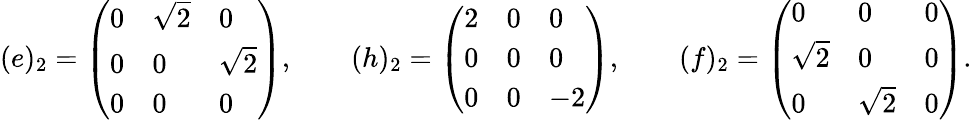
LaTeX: (e)_{2}=\left(\begin{array}{lll}{0}&{\sqrt{2}}&{0}\\ {0}&{0}&{\sqrt{2}}\\ {0}&{0}&{0}\end{array}\right),\qquad(h)_{2}=\left(\begin{array}{lll}{2}&{0}&{0}\\ {0}&{0}&{0}\\ {0}&{0}&{-2}\end{array}\right),\qquad(f)_{2}=\left(\begin{array}{lll}{0}&{0}&{0}\\ {\sqrt{2}}&{0}&{0}\\ {0}&{\sqrt{2}}&{0}\end{array}\right).